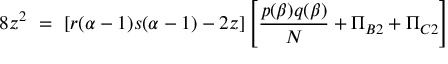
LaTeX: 8 z ^ { 2 } ~ = ~ [ r ( \alpha - 1 ) s ( \alpha - 1 ) - 2 z ] \left[ \frac { p ( \beta ) q ( \beta ) } { N } + \Pi _ { B 2 } + \Pi _ { C 2 } \right]